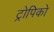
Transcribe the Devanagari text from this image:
ट्रोपिको